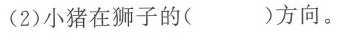
(2)小猪在狮子的( )方向。